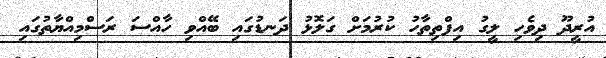
އުރީދޫ ދިވެހި ލީގު އިފްތިތާހު ކުރުމަށް ގަލޮޅު ދަނޑުގައި ބޭއްވި ހާއްސަ ރަސްމިއްޔާތުގައި